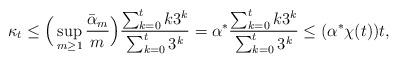
LaTeX: \begin{align*}\kappa _{t}\leq \Big(\sup_{m\geq 1}\frac{\bar{\alpha}_{m}}{m}\Big)\frac{\sum\nolimits_{k=0}^{t}k3^{k}}{\sum\nolimits_{k=0}^{t}3^{k}}=\alpha ^{\ast }\frac{\sum\nolimits_{k=0}^{t}k3^{k}}{\sum\nolimits_{k=0}^{t}3^{k}}\leq(\alpha ^{\ast }\chi (t))t, \end{align*}